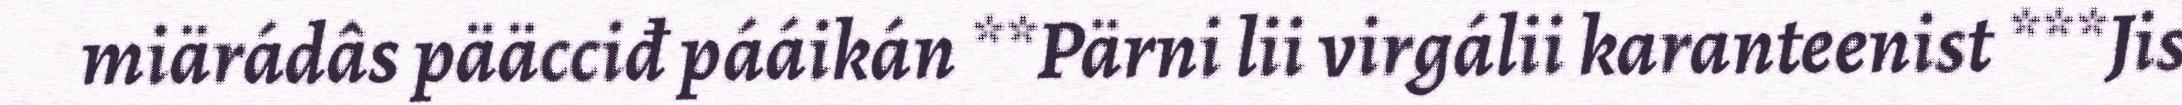
miärádâs pääcciđ pááikán **Pärni lii virgálii karanteenist ***Jis